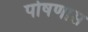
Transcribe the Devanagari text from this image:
पोषणास